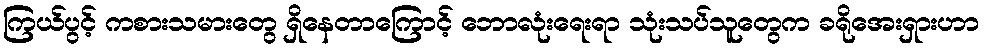
ကြယ်ပွင့် ကစားသမားတွေ ရှိနေတာကြောင့် ဘောလုံးရေးရာ သုံးသပ်သူတွေက ခရိုအေးရှားဟာ